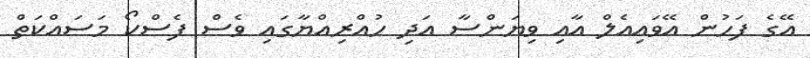
އޭގެ ފަހުން އޭވައިއެލް އާއި ވިޔަންސާ އަދި ހުއްރިއްޔާގައި ވެސް ފެސްކޯ މަސައްކަތް